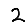
Digit: 2